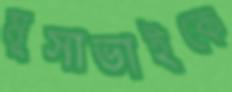
মূসাভাইকে